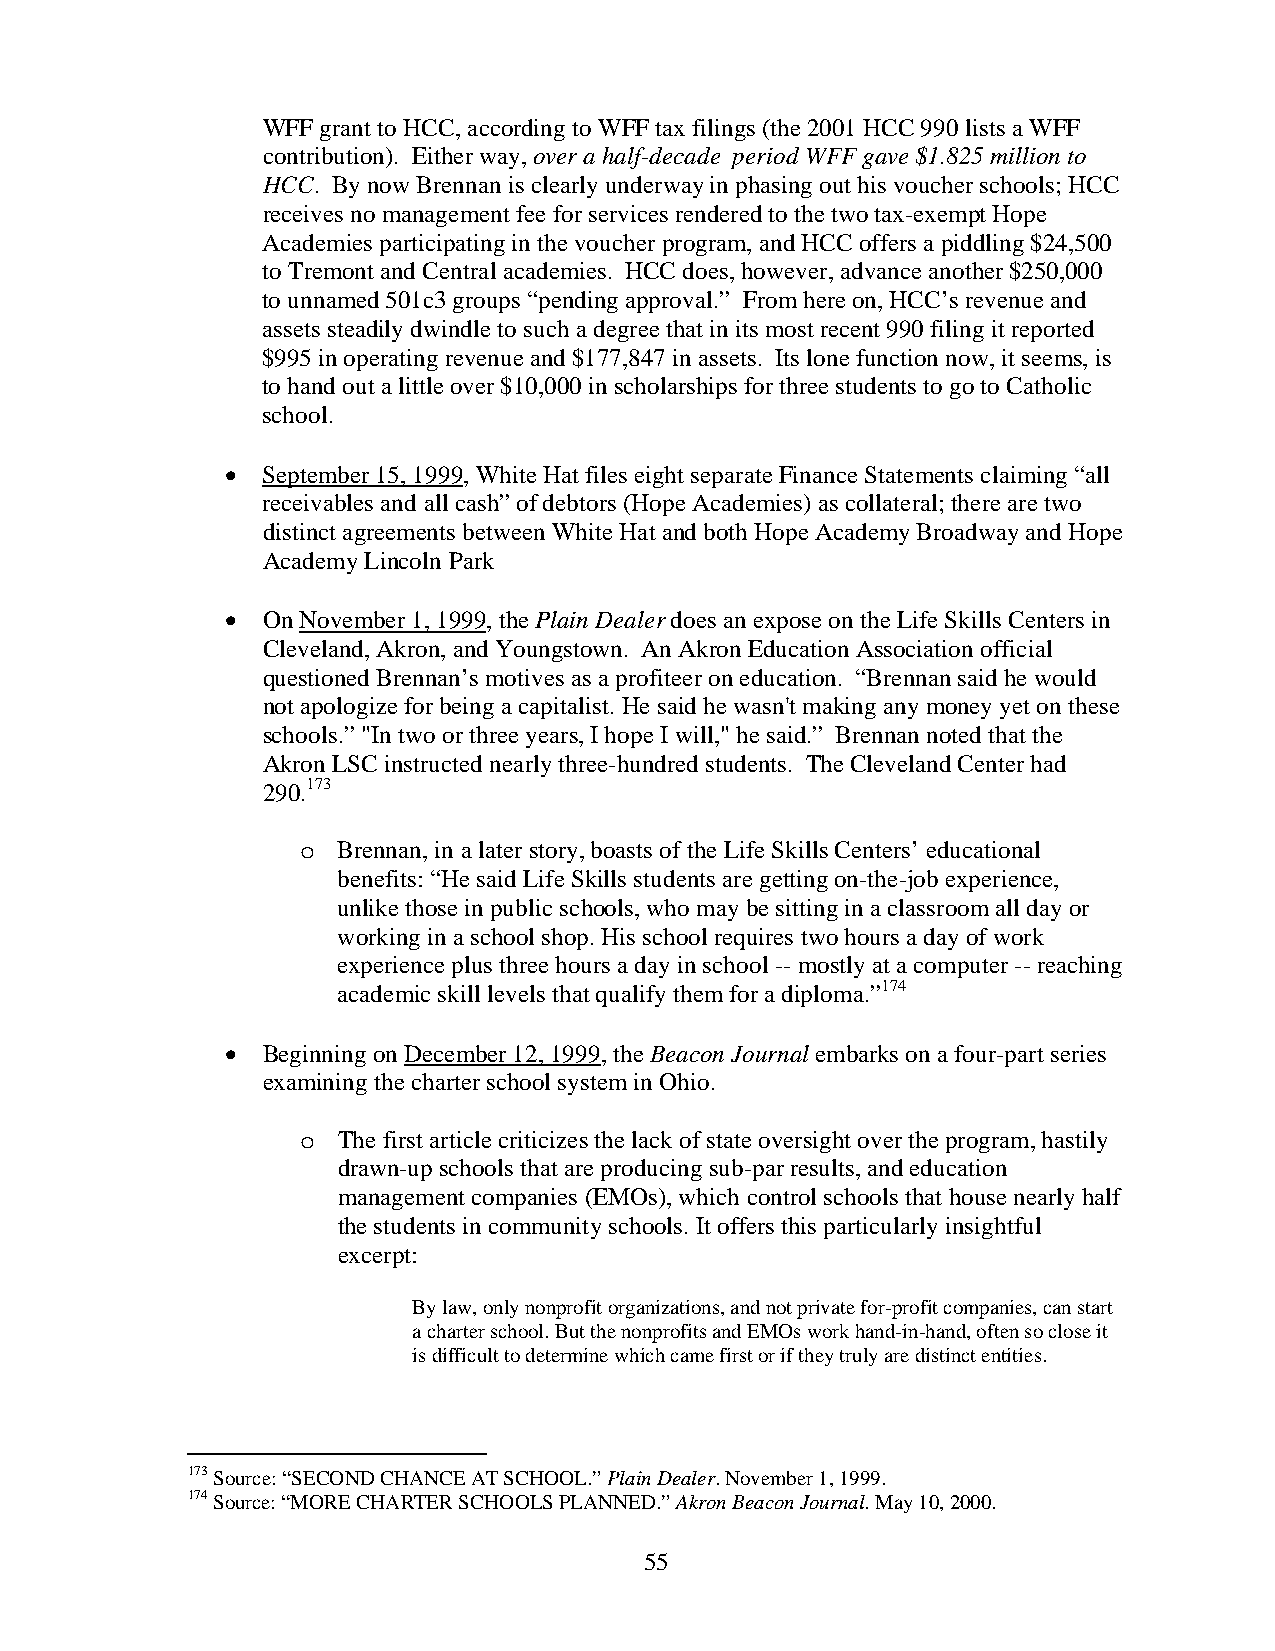
WFF grant to HCC, according to WFF tax filings (the 2001 HCC 990 lists a WFF
 contribution). Either way, over a half-decade period WFF gave $1.825 million to
 HCC. By now Brennan is clearly underway in phasing out his voucher schools; HCC
 receives no management fee for services rendered to the two tax-exempt Hope
 Academies participating in the voucher program, and HCC offers a piddling $24,500
 to Tremont and Central academies. HCC does, however, advance another $250,000
 to unnamed 501c3 groups “pending approval.” From here on, HCC’s revenue and
 assets steadily dwindle to such a degree that in its most recent 990 filing it reported
 $995 in operating revenue and $177,847 in assets. Its lone function now, it seems, is
 to hand out a little over $10,000 in scholarships for three students to go to Catholic
 school.
 • September 15, 1999, White Hat files eight separate Finance Statements claiming “all
 receivables and all cash” of debtors (Hope Academies) as collateral; there are two
 distinct agreements between White Hat and both Hope Academy Broadway and Hope
 Academy Lincoln Park
 • On November 1, 1999, the Plain Dealer does an expose on the Life Skills Centers in
 Cleveland, Akron, and Youngstown. An Akron Education Association official
 questioned Brennan’s motives as a profiteer on education. “Brennan said he would
 not apologize for being a capitalist. He said he wasn't making any money yet on these
 schools.” "In two or three years, I hope I will," he said.” Brennan noted that the
 Akron LSC instructed nearly three-hundred students. The Cleveland Center had
 290.173
 o Brennan, in a later story, boasts of the Life Skills Centers’ educational
 benefits: “He said Life Skills students are getting on-the-job experience,
 unlike those in public schools, who may be sitting in a classroom all day or
 working in a school shop. His school requires two hours a day of work
 experience plus three hours a day in school -- mostly at a computer -- reaching
 academic skill levels that qualify them for a diploma.”174
 • Beginning on December 12, 1999, the Beacon Journal embarks on a four-part series
 examining the charter school system in Ohio.
 o The first article criticizes the lack of state oversight over the program, hastily
 drawn-up schools that are producing sub-par results, and education
 management companies (EMOs), which control schools that house nearly half
 the students in community schools. It offers this particularly insightful
 excerpt:
 By law, only nonprofit organizations, and not private for-profit companies, can start
 a charter school. But the nonprofits and EMOs work hand-in-hand, often so close it
 is difficult to determine which came first or if they truly are distinct entities.
 173 Source: “SECOND CHANCE AT SCHOOL.” Plain Dealer. November 1, 1999.
 174 Source: “MORE CHARTER SCHOOLS PLANNED.” Akron Beacon Journal. May 10, 2000.
 55